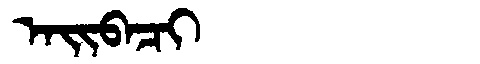
Manchu: ᠠᡳᠪᠠᠴᡳ
Romanization: AIBACI